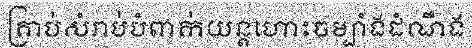
គ្រាប់សំរាប់បំពាក់យន្តហោះចម្បាំងដំណឹង